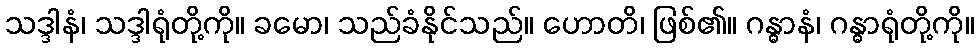
သဒ္ဒါနံ၊ သဒ္ဒါရုံတို့ကို။ ခမော၊ သည်ခံနိုင်သည်။ ဟောတိ၊ ဖြစ်၏။ ဂန္ဓာနံ၊ ဂန္ဓာရုံတို့ကို။